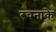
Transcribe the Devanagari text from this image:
रचनाके